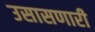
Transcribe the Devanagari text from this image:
उसासणारी